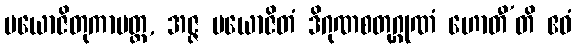
ပယောဇိတုကာမတ္ထ, အဇ္ဇ ပယောဇိတံ ဒိဂုဏစတုဂ္ဂုဏံ ဟောတီ’တိ ဧဝံ